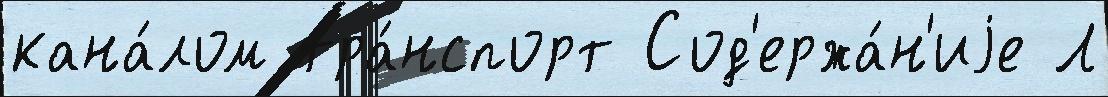
кана́лом тра́нспорт Сод'ержа́н'иjе Л